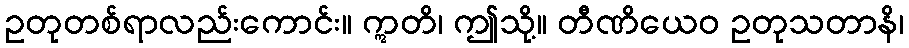
ဥတုတစ်ရာလည်းကောင်း။ ဣတိ၊ ဤသို့။ တီဏိယေဝ ဥတုသတာနိ၊